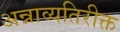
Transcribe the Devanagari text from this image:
अन्नाव्यतिरीक्त